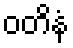
ဝတိနံ